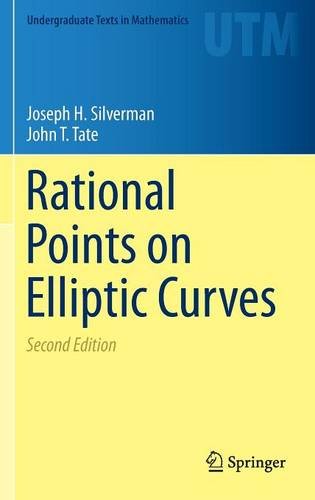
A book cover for Rational Points on Elliptic Curves (Undergraduate Texts in Mathematics); Joseph H. Silverman; Computers & Technology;